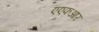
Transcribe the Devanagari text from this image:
एएफआर